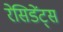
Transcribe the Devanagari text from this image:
रेसिडेंट्स